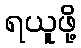
ရယူဖို့